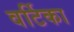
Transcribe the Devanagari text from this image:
वर्टिका